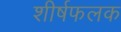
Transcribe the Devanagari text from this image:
शीर्षफलक